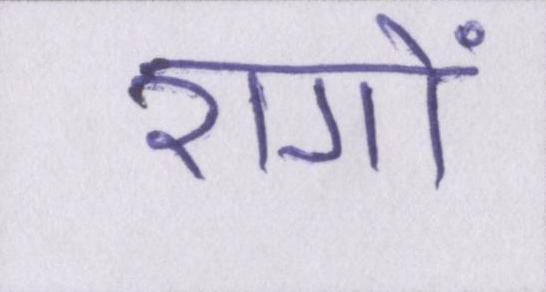
रागों